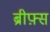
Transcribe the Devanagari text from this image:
ब्रीफ़्स